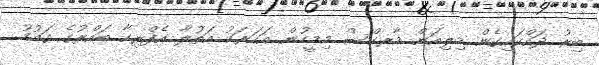
ބިރު ދައްކައިގެން މިލިއަން މާރކްސް މިމީހުން އަހަރަކު އަތުލާ އެފްރިކާ ބައްރުގެ ގައުމު